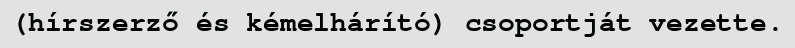
(hírszerző és kémelhárító) csoportját vezette.